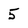
Character: 5